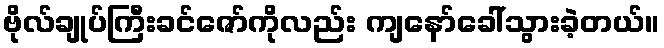
ဗိုလ်ချုပ်ကြီးခင်ဇော်ကိုလည်း ကျနော်ခေါ်သွားခဲ့တယ်။